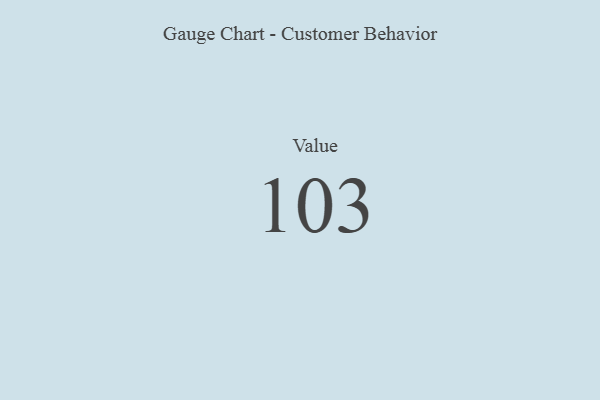
{"axis": {"x": "Metric", "y": "Value"}, "legend": [""], "data": [{"x": "Value", "y": 103, "type": ""}]}